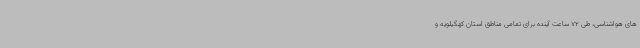
های هواشناسی، طی 72 ساعت آینده برای تمامی مناطق استان کهگیلویه و